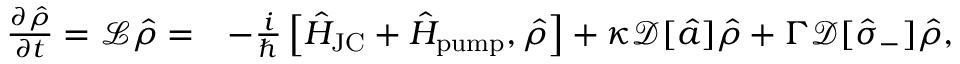
\begin{array} { r l } { \frac { \partial \hat { \rho } } { \partial t } = \mathcal { L } \hat { \rho } = } & { - \frac { i } { \hbar } \left[ \hat { H } _ { \mathrm { J C } } + \hat { H } _ { \mathrm { p u m p } } , \hat { \rho } \right] + \kappa \mathcal { D } [ \hat { a } ] \hat { \rho } + \Gamma \mathcal { D } [ \hat { \sigma } _ { - } ] \hat { \rho } , } \end{array}